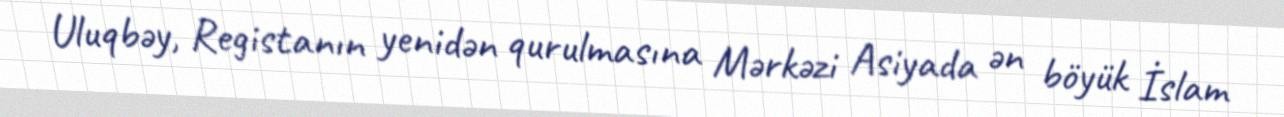
Uluqbəy, Registanın yenidən qurulmasına Mərkəzi Asiyada ən böyük İslam